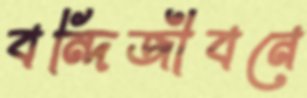
বন্দিজীবনে